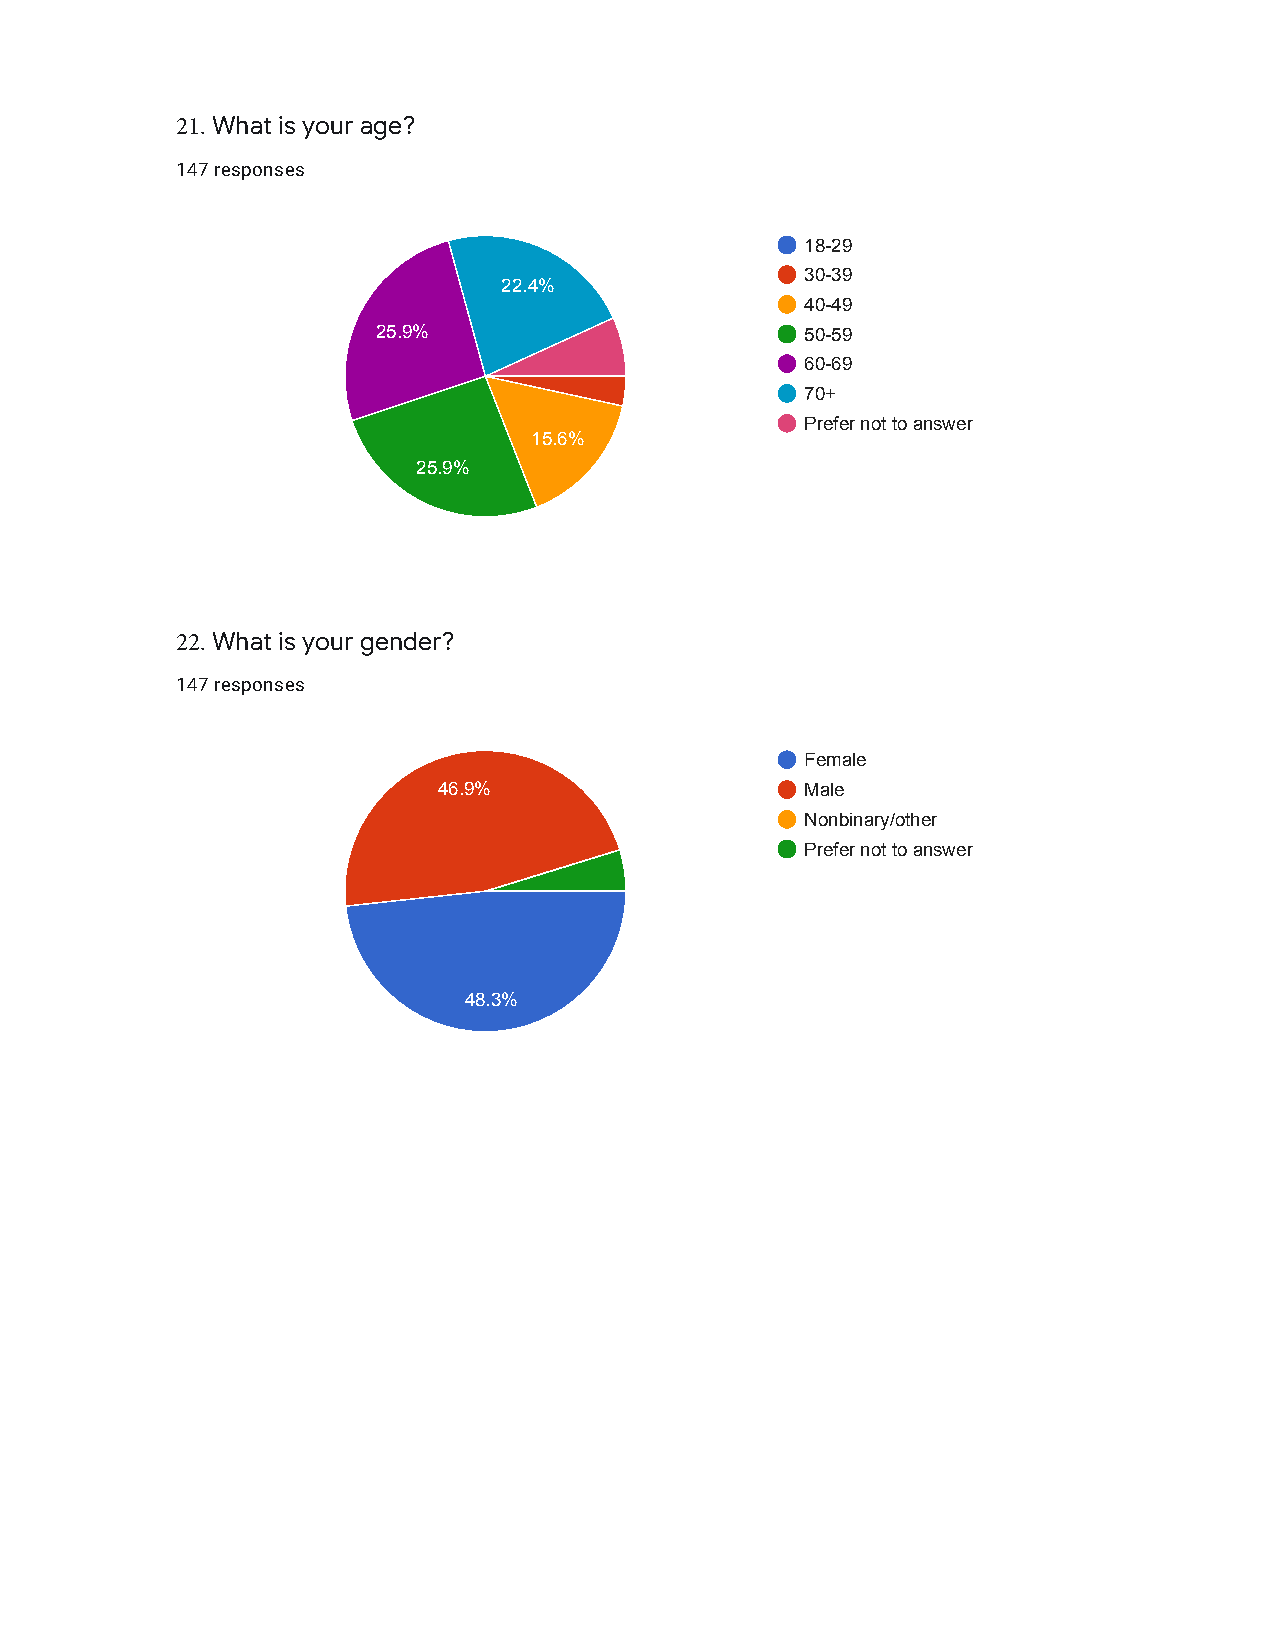
21.What is your age?
 147 responses
 18-29
 30-39
 22.4%
 40-49
 25.9%                       50-59
 60-69
 70+
 Prefer not to answer
 15.6%
 25.9%
 22.What is your gender?
 147 responses
 Female
 46.9%                   Male
 Nonbinary/other
 Prefer not to answer
 48.3%